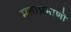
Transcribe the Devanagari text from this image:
मताप्रमाणाॆ